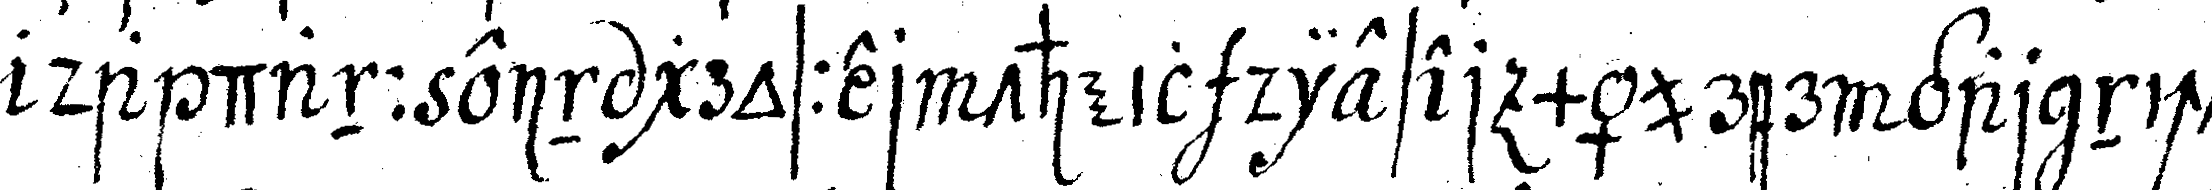
da dann ein grosser theil dieser mäurer gar nicht